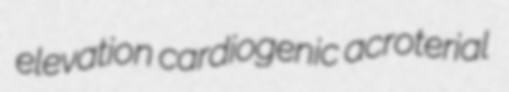
elevation cardiogenic acroterial